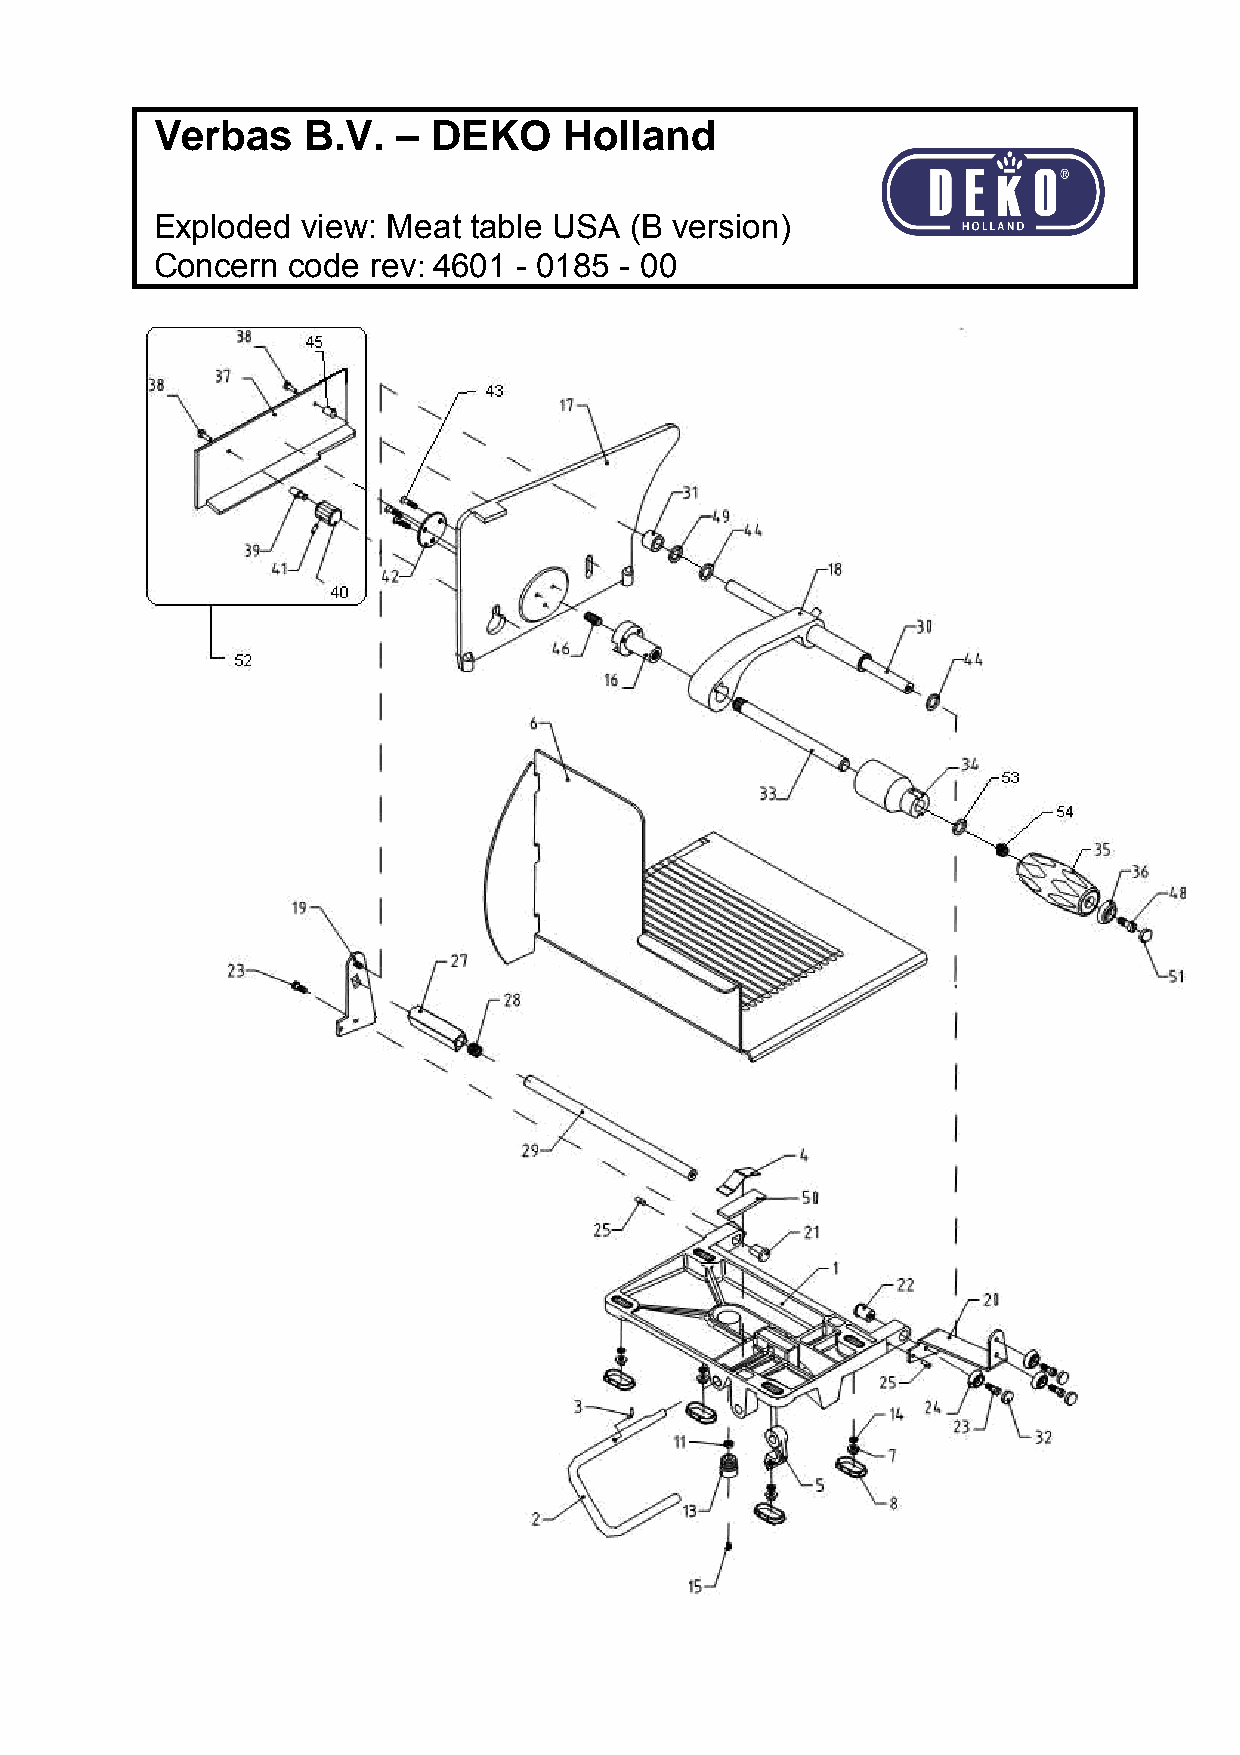
Verbas    B.V.  –  DEKO    Holland
 Exploded  view: Meat table USA  (B version)
 Concern  code  rev: 4601 - 0185 - 00